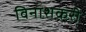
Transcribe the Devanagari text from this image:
विनाशकरी